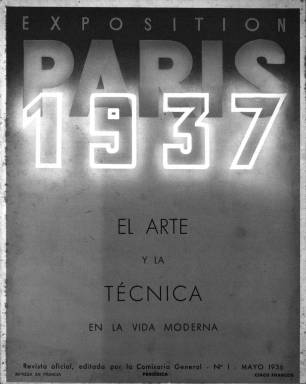
Título: París 1937
Otros títulos: París mil novecientos treinta y siete || Arte y la técnica en la vida moderna
Colección: Arte
Ámbito geográfico: Francia
Lugar de publicación: París
Fechas: 01/05/1936-31/05/1936

Revista oficial del Gobierno francés dedicada a la promoción en el mundo de la Exposición Universal de París que se celebró en 1937. Se empezó a editar un año antes, en diferentes idiomas, con la intención de ir informando periódicamente de los progresos del proyecto.

    La BNE conserva sólo el primer número de esta revista, de mayo de 1936, sólo dos meses antes de que comenzara la Guerra Civil, posiblemente la razón por la que no llegó ningún número más a España.

   La brillante cubierta de la revista, con el año 1937 iluminado, alude a la nueva iluminación que se iba a inaugurar con motivo de la Exposición en la torre Eiffel y a lo largo del Sena, entre el Trocadero y el Campo de Marte, alumbrando los pabellones de las diferentes naciones, que se extenderían a los largo de tres kilómetros a los lados del río.

  Con 32 páginas e ilustrada con grandes fotografías, además de informar sobre el gran acontecimiento y sus preparativos, la publicación aprovechaba para promocionar el turismo en el país, mostrando imágenes de París y de distintos puntos de Francia.

     En unos momentos de gran tensión internacional, el gobierno francés confiaba en que esta Exposición Internacional del ‘arte y la técnica’, como se denominaba, sirviera para reflejar el progreso y mostrar los avances mundiales logrados en todas las actividades humanas, así como de punto de encuentro donde trabajar por la paz.

     Lamentablemente, esta iniciativa al igual que otras no lograron frenar la carrera hacia la guerra mundial. En la página de Wikipedia dedicada a la Exposición de París de 1937 puede verse una simbólica fotografía que habla por sí sola. Con la torre Eiffel en el centro pueden verse enfrentados a cada lado los pabellones respectivos de la Alemania nazi y de la Unión Soviética.

   Como es bien conocido, la participación en la Exposición del Gobierno de la República española fue brillante, además de servir de elemento de propaganda internacional, con el Guernica de Picasso en el pabellón español expuesto al público por primera vez.

[Descripción publicada el 15/03/2019]